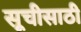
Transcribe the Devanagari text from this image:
सूचीसाठी